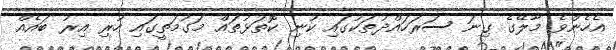
އެހެންވެ މާލޭގެ ގިނަ ސަރަހައްދުތަކުގައި ކުނި ކޮތަޅުތައް މަގުމަތީގައި ހުރި އިރު ބައެއް